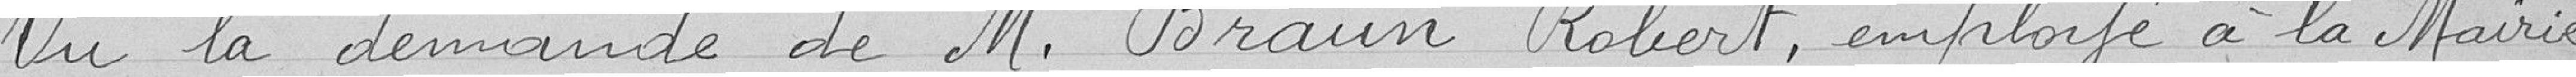
Vu la demande de M.Braun Robert ,employé à la Mairie